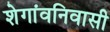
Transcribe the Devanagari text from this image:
शेगांवनिवासी